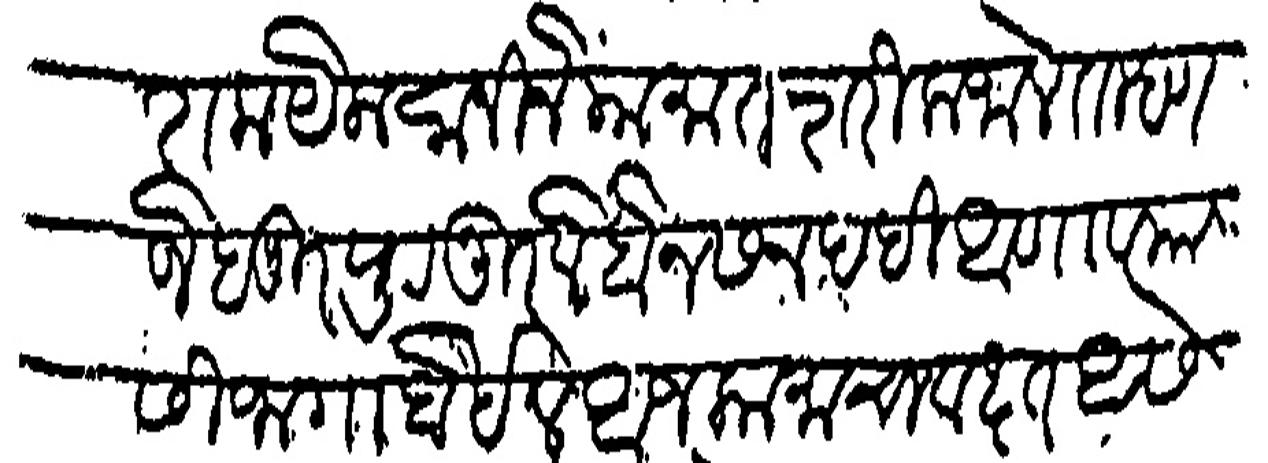
Transliteration (Devanagari): शक येक सानीने या कामात शरीक जालेत म्हणजे हुजुर पुरनुर लेहोन सनदही आणावयासी जागा होईल आज कामाचा वख्त आसे